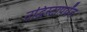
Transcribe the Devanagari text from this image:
उद्धिस्टापर्यंत